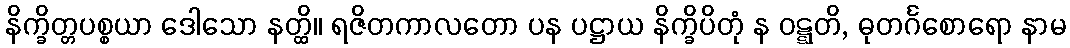
နိက္ခိတ္တပစ္စယာ ဒေါသော နတ္ထိ။ ရဇိတကာလတော ပန ပဋ္ဌာယ နိက္ခိပိတုံ န ဝဋ္ဋတိ, ဓုတင်္ဂစောရော နာမ